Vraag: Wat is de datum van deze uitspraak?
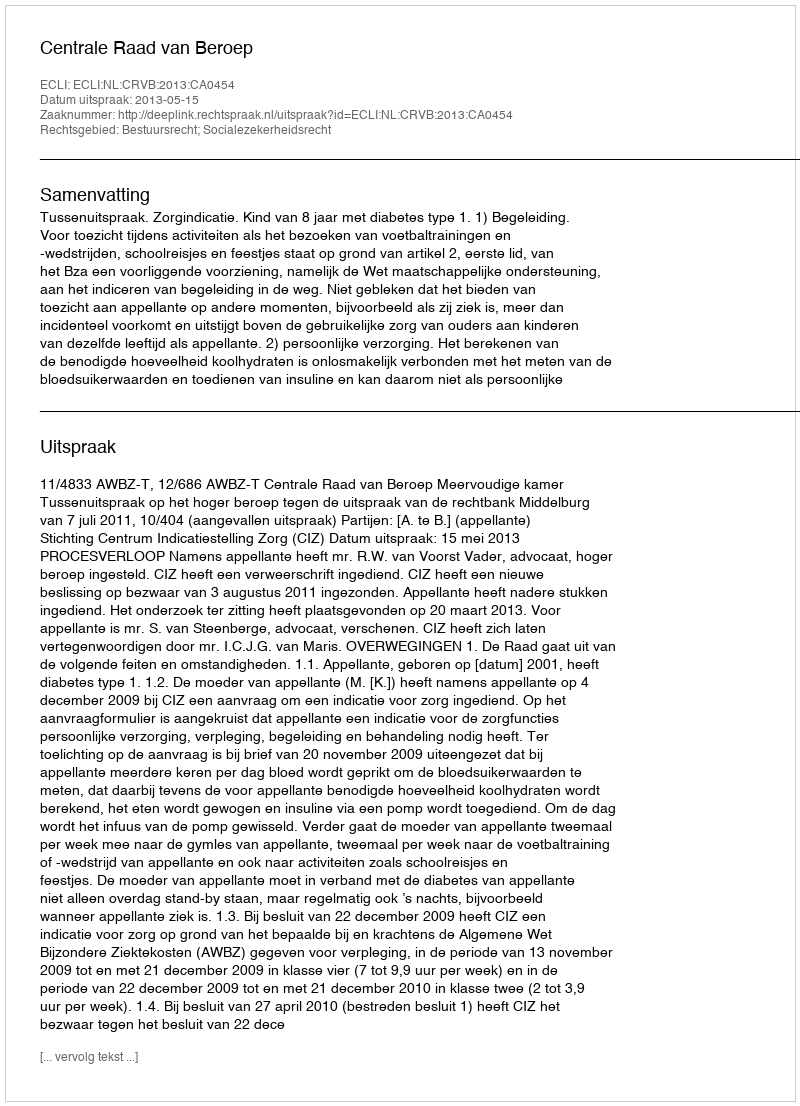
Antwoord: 2013-05-15